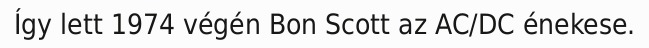
Így lett 1974 végén Bon Scott az AC/DC énekese.